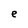
Character: e